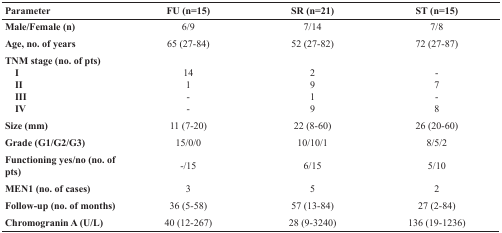
<table><thead><tr><td><b>Parameter</b></td><td><b>FU (n=15)</b></td><td><b>SR (n=21)</b></td><td><b>ST (n=15)</b></td></tr></thead><tbody><tr><td><b>Male/Female (n)</b></td><td>6/9</td><td>7/14</td><td>7/8</td></tr><tr><td><b>Age, no. of years</b></td><td>65 (27-84)</td><td>52 (27-82)</td><td>72 (27-87)</td></tr><tr><td><b>TNM stage (no. of pts)</b></td><td>[EMPTY_CELL]</td><td>[EMPTY_CELL]</td><td>[EMPTY_CELL]</td></tr><tr><td> <b>I</b></td><td>14</td><td>2</td><td>-</td></tr><tr><td> <b>II</b></td><td>1</td><td>9</td><td>7</td></tr><tr><td> <b>III</b></td><td>-</td><td>1</td><td>-</td></tr><tr><td> <b>IV</b></td><td>-</td><td>9</td><td>8</td></tr><tr><td><b>Size (mm)</b></td><td>11 (7-20)</td><td>22 (8-60)</td><td>26 (20-60)</td></tr><tr><td><b>Grade (G1/G2/G3)</b></td><td>15/0/0</td><td>10/10/1</td><td>8/5/2</td></tr><tr><td><b>Functioning yes/no (no. of pts)</b></td><td>-/15</td><td>6/15</td><td>5/10</td></tr><tr><td><b>MEN1 (no. of cases)</b></td><td>3</td><td>5</td><td>2</td></tr><tr><td><b>Follow-up (no. of months)</b></td><td>36 (5-58)</td><td>57 (13-84)</td><td>27 (2-84)</td></tr><tr><td><b>Chromogranin A (U/L)</b></td><td>40 (12-267)</td><td>28 (9-3240)</td><td>136 (19-1236)</td></tr></tbody></table>